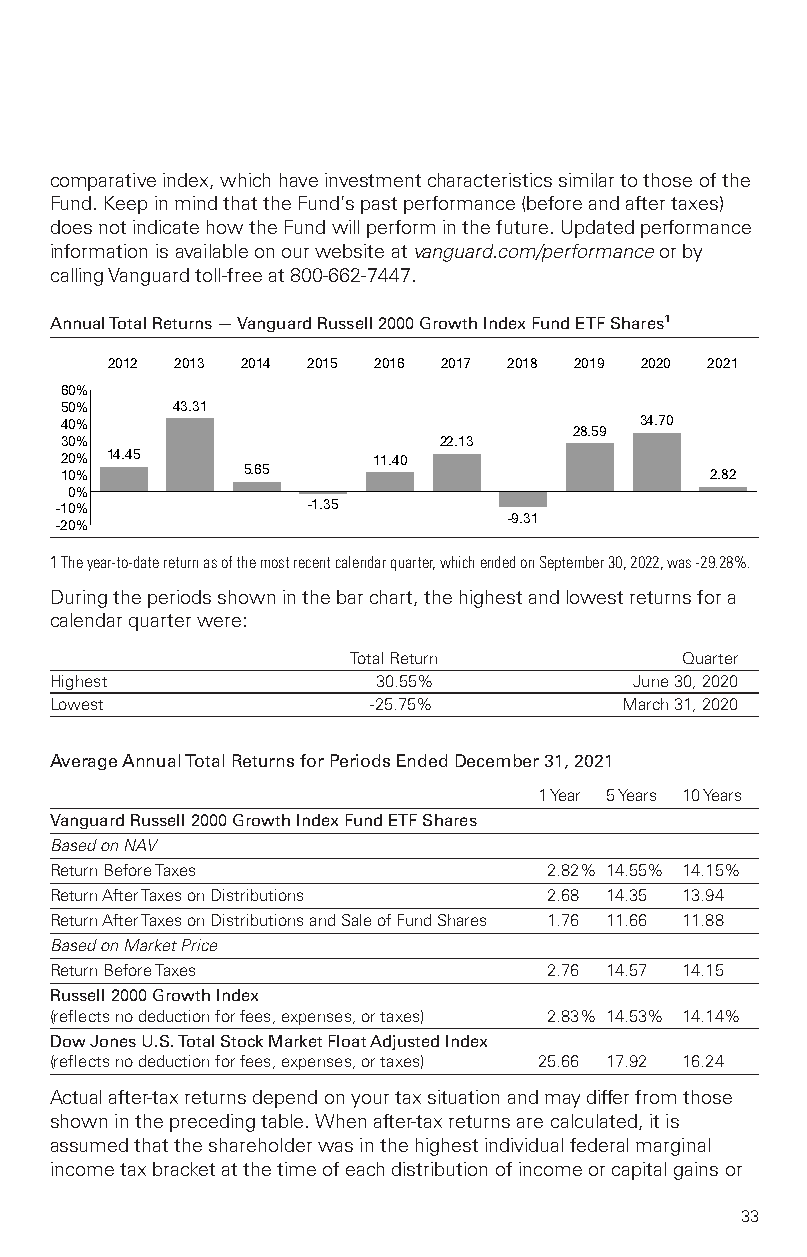
comparativeindex,whichhaveinvestmentcharacteristicssimilartothoseofthe
 Fund.KeepinmindthattheFund’spastperformance(beforeandaftertaxes)
 doesnotindicatehowtheFundwillperforminthefuture.Updatedperformance
 informationisavailableonourwebsiteatvanguard.com/performanceorby
 callingVanguardtoll-freeat800-662-7447.
 AnnualTotalReturns—VanguardRussell2000GrowthIndexFundETFShares1
 2012 2013 2014 2015 2016 2017 2018 2019 2020 2021
 60%
 50%    43.31
 40%                                   34.70
 28.59
 30%                      22.13
 20% 14.45            11.40
 10%         5.65                           2.82
 0%
 -10%            –1.35
 –9.31
 -20%
 1Theyear-to-datereturnasofthemostrecentcalendarquarter,whichendedonSeptember30,2022,was-29.28%.
 Duringtheperiodsshowninthebarchart,thehighestandlowestreturnsfora
 calendarquarterwere:
 TotalReturn           Quarter
 Highest               30.55%           June30,2020
 Lowest                -25.75%         March31,2020
 AverageAnnualTotalReturnsforPeriodsEndedDecember31,2021
 1Year 5Years 10Years
 VanguardRussell2000GrowthIndexFundETFShares
 BasedonNAV
 ReturnBeforeTaxes                2.82% 14.55% 14.15%
 ReturnAfterTaxesonDistributions  2.68 14.35 13.94
 ReturnAfterTaxesonDistributionsandSaleofFundShares 1.76 11.66 11.88
 BasedonMarketPrice
 ReturnBeforeTaxes                2.76 14.57 14.15
 Russell2000GrowthIndex
 (reflectsnodeductionforfees,expenses,ortaxes) 2.83% 14.53% 14.14%
 DowJonesU.S.TotalStockMarketFloatAdjustedIndex
 (reflectsnodeductionforfees,expenses,ortaxes) 25.66 17.92 16.24
 Actualafter-taxreturnsdependonyourtaxsituationandmaydifferfromthose
 shownintheprecedingtable.Whenafter-taxreturnsarecalculated,itis
 assumedthattheshareholderwasinthehighestindividualfederalmarginal
 incometaxbracketatthetimeofeachdistributionofincomeorcapitalgainsor
 33